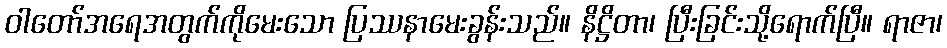
ဝါတော်အရေအတွက်ကိုမေးသော ပြဿနာမေးခွန်းသည်။ နိဋ္ဌိတာ၊ ပြီးခြင်းသို့ရောက်ပြီ။ ရာဇာ၊